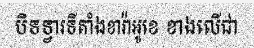
បិទទ្វារទីតាំងខារ៉ាអូខេ ខាងលើជា